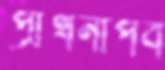
প্রার্থনাপর্ব